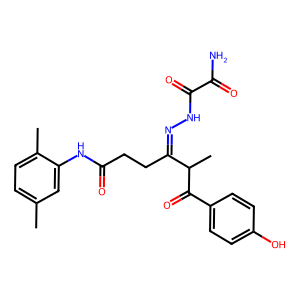
SMILES: Cc1ccc(C)c(NC(=O)CCC(=NNC(=O)C(N)=O)C(C)C(=O)c2ccc(O)cc2)c1
Inhibits HIV replication: No